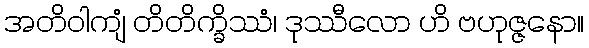
အတိဝါကျံ တိတိက္ခိဿံ၊ ဒုဿီလော ဟိ ဗဟုဇ္ဇနော။